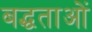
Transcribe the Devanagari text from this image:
बद्धताओं